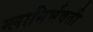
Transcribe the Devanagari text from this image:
ग्लानिर्भवती